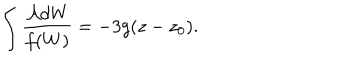
\int \frac { \mathcal { A } d W } { f ( W ) } = - 3 g ( z - z _ { 0 } ) .